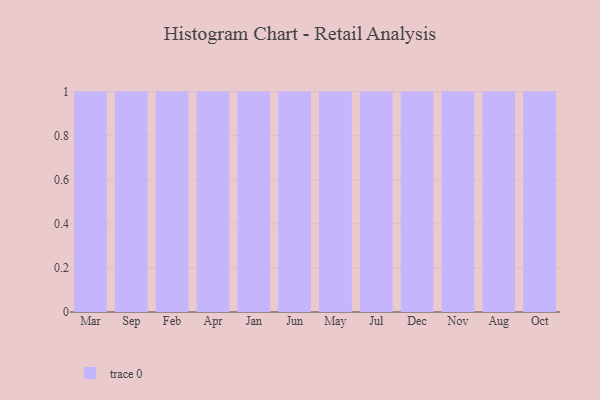
{"axis": {"x": "Month", "y": "Production Output"}, "legend": [""], "data": [{"x": "Mar", "y": 24, "type": ""}, {"x": "Sep", "y": 61, "type": ""}, {"x": "Feb", "y": 67, "type": ""}, {"x": "Apr", "y": 75, "type": ""}, {"x": "Jan", "y": 22, "type": ""}, {"x": "Jun", "y": 67, "type": ""}, {"x": "May", "y": 37, "type": ""}, {"x": "Jul", "y": 10, "type": ""}, {"x": "Dec", "y": 97, "type": ""}, {"x": "Nov", "y": 65, "type": ""}, {"x": "Aug", "y": 44, "type": ""}, {"x": "Oct", "y": 25, "type": ""}]}